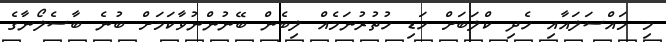
މި މައްސަލައާއި ހެދި ކްލަބަށް ހަޑި ހުތުރުނަމެއް ލިބެން ބޭނުންނުވާކަމަށް ބުނެ ބާސެލޯނާގެ